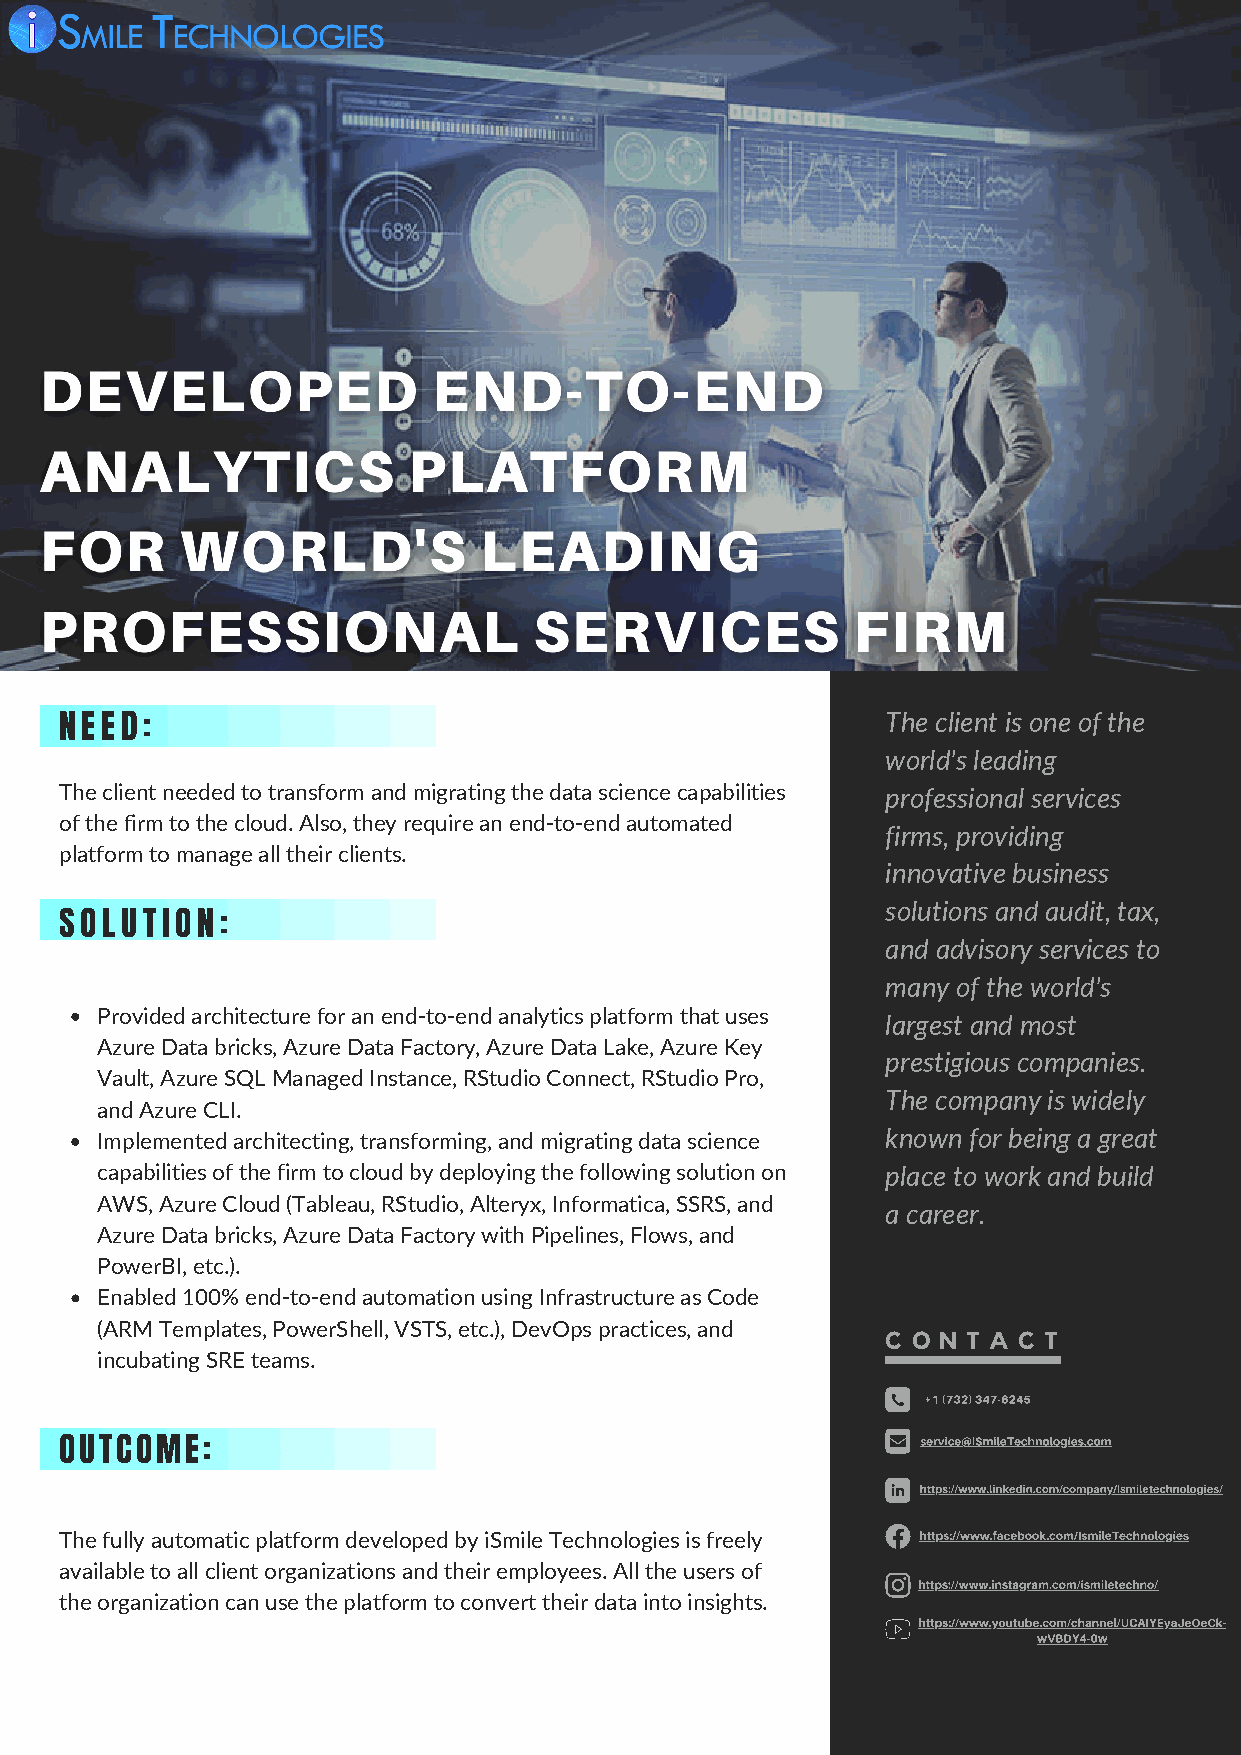
The client is one of the
 NEED:
 world's leading
 The client needed to transform and migrating the data science capabilities professional services
 of the firm to the cloud. Also, they require an end-to-end automated
 firms, providing
 platform to manage all their clients.
 innovative business
 solutions and audit, tax,
 SOLUTION:
 and advisory services to
 many of the world's
 Provided architecture for an end-to-end analytics platform that uses
 largest and most
 Azure Data bricks, Azure Data Factory, Azure Data Lake, Azure Key
 prestigious companies.
 Vault, Azure SQL Managed Instance, RStudio Connect, RStudio Pro,
 The company is widely
 and Azure CLI.
 Implemented architecting, transforming, and migrating data science known for being a great
 capabilities of the firm to cloud by deploying the following solution on place to work and build
 AWS, Azure Cloud (Tableau, RStudio, Alteryx, Informatica, SSRS, and
 a career.
 Azure Data bricks, Azure Data Factory with Pipelines, Flows, and
 PowerBI, etc.).
 Enabled 100% end-to-end automation using Infrastructure as Code
 (ARM Templates, PowerShell, VSTS, etc.), DevOps practices, and
 C O N T A C T
 incubating SRE teams.
 +1 (732) 347-6245
 OUTCOME:                                                 service@iSmileTechnologies.com
 https://www.linkedin.com/company/ismiletechnologies/
 The fully automatic platform developed by iSmile Technologies is freely https://www.facebook.com/IsmileTechnologies
 available to all client organizations and their employees. All the users of
 https://www.instagram.com/ismiletechno/
 the organization can use the platform to convert their data into insights.
 https://www.youtube.com/channel/UCAIYEyaJeOeCk-
 wVBDY4-0w